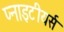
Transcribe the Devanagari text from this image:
प्नाइटीयर्स